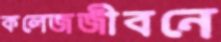
কলেজজীবনে